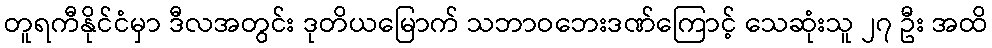
တူရကီနိုင်ငံမှာ ဒီလအတွင်း ဒုတိယမြောက် သဘာဝဘေးဒဏ်ကြောင့် သေဆုံးသူ ၂၇ ဦး အထိ